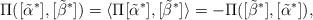
LaTeX: \begin{align*}\Pi([\tilde{\alpha}^*],[\tilde{\beta}^*])= \langle \Pi[\tilde{\alpha}^*] , [\tilde{\beta}^*] \rangle= - \Pi([\tilde{\beta}^*],[\tilde{\alpha}^*]) ,\end{align*}